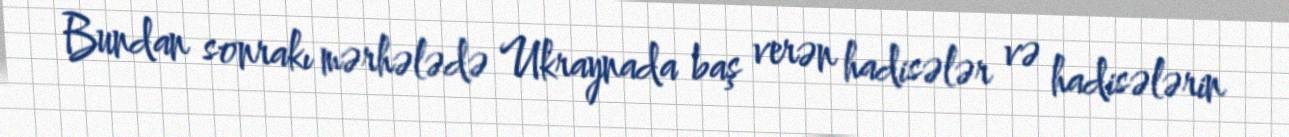
Bundan sonrakı mərhələdə Ukraynada baş verən hadisələr və hadisələrin